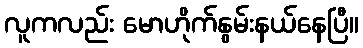
လူကလည်း မောဟိုက်နွမ်းနယ်နေပြီ။